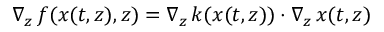
\nabla _ { z } \, f ( x ( t , z ) , z ) = \nabla _ { z } \, k ( x ( t , z ) ) \cdot \nabla _ { z } \, x ( t , z )